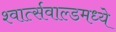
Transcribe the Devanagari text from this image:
श्वार्त्सवाल्डमध्ये